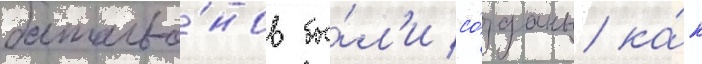
батальо́нов бы́л'и со́зданы ка́к